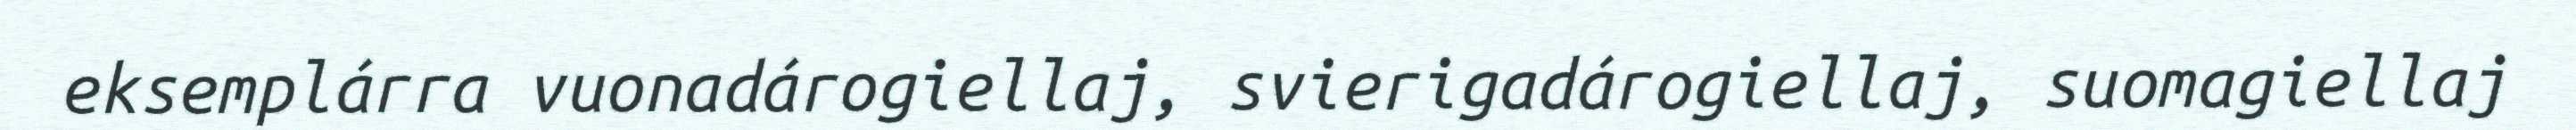
eksemplárra vuonadárogiellaj, svierigadárogiellaj, suomagiellaj